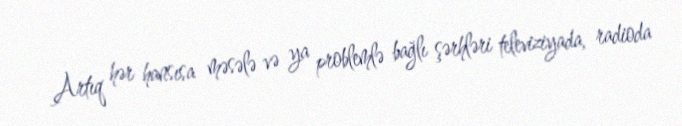
Artıq hər hansısa məsələ və ya problemlə bağlı şərhləri televiziyada, radioda